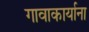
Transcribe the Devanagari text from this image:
गावाकार्याना